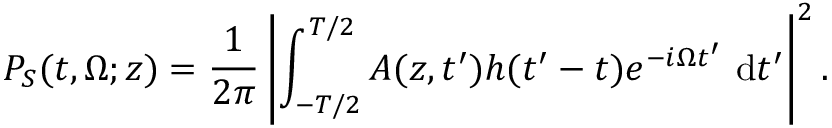
P _ { S } ( t , \Omega ; z ) = \frac { 1 } { 2 \pi } \left| \int _ { - T / 2 } ^ { T / 2 } A ( z , t ^ { \prime } ) h ( t ^ { \prime } - t ) e ^ { - i \Omega t ^ { \prime } } ~ \mathrm { d } t ^ { \prime } \right| ^ { 2 } .